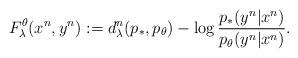
LaTeX: \begin{align*} F_{\lambda}^{\theta}(x^n,y^n):=d^n_{\lambda}(p_*,p_{\theta})-\log \frac{p_*(y^n|x^n)}{p_{\theta}(y^n|x^n)}. \end{align*}